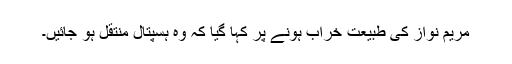
مریم نواز کی طبیعت خراب ہونے پر کہا گیا کہ وہ ہسپتال منتقل ہو جائیں۔